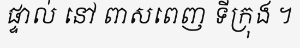
ផ្ទាល់ នៅ ពាសពេញ ទីក្រុង ។